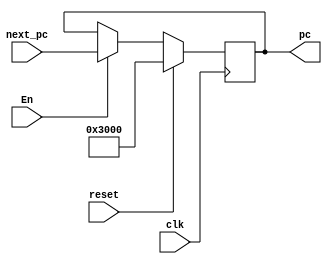

module IFU(
    input clk,
    input reset,
    input [31:0] next_pc,
    input En,
    output [31:0] pc
    );
    reg [31:0] now_pc ;
    reg [31:0] find_instr ;
    always @(posedge clk) begin
        if (reset == 1) begin
            now_pc <= 32'h00003000 ;
        end
        else if (En == 1)  now_pc <= next_pc ;
    end
    assign pc = now_pc ;
endmodule